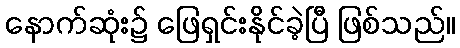
နောက်ဆုံး၌ ဖြေရှင်းနိုင်ခဲ့ပြီ ဖြစ်သည်။